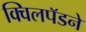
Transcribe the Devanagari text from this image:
क्विलपॅडने